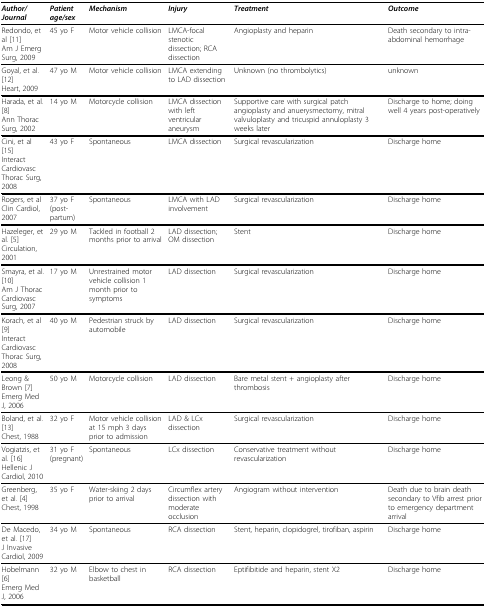
<table><thead><tr><td><b><i>Author/Journal</i></b></td><td><b><i>Patient age/sex</i></b></td><td><b><i>Mechanism</i></b></td><td><b><i>Injury</i></b></td><td><b><i>Treatment</i></b></td><td><b><i>Outcome</i></b></td></tr></thead><tbody><tr><td>Redondo, et al [11]Am J Emerg Surg, 2009</td><td>45 yo F</td><td>Motor vehicle collision</td><td>LMCA-focal stenotic dissection; RCA dissection</td><td>Angioplasty and heparin</td><td>Death secondary to intra-abdominal hemorrhage</td></tr><tr><td>Goyal, et al. [12]Heart, 2009</td><td>47 yo M</td><td>Motor vehicle collision</td><td>LMCA extending to LAD dissection</td><td>Unknown (no thrombolytics)</td><td>unknown</td></tr><tr><td>Harada, et al. [8]Ann Thorac Surg, 2002</td><td>14 yo M</td><td>Motorcycle collision</td><td>LMCA dissection with left ventricular aneurysm</td><td>Supportive care with surgical patch angioplasty and anuerysmectomy, mitral valvuloplasty and tricuspid annuloplasty 3 weeks later</td><td>Discharge to home; doing well 4 years post-operatively</td></tr><tr><td>Cini, et al [15]Interact Cardiovasc Thorac Surg, 2008</td><td>43 yo F</td><td>Spontaneous</td><td>LMCA dissection</td><td>Surgical revascularization</td><td>Discharge home</td></tr><tr><td>Rogers, et alClin Cardiol, 2007</td><td>37 yo F(post-partum)</td><td>Spontaneous</td><td>LMCA with LAD involvement</td><td>Surgical revascularization</td><td>Discharge home</td></tr><tr><td>Hazeleger, et al. [5]Circulation, 2001</td><td>29 yo M</td><td>Tackled in football 2 months prior to arrival</td><td>LAD dissection; OM dissection</td><td>Stent</td><td>Discharge home</td></tr><tr><td>Smayra, et al. [10]Am J Thorac Cardiovasc Surg, 2007</td><td>17 yo M</td><td>Unrestrained motor vehicle collision 1 month prior to symptoms</td><td>LAD dissection</td><td>Surgical revascularization</td><td>Discharge home</td></tr><tr><td>Korach, et al [9]Interact Cardiovasc Thorac Surg, 2008</td><td>40 yo M</td><td>Pedestrian struck by automobile</td><td>LAD dissection</td><td>Surgical revascularization</td><td>Discharge home</td></tr><tr><td>Leong &amp; Brown [7]Emerg Med J, 2006</td><td>50 yo M</td><td>Motorcycle collision</td><td>LAD dissection</td><td>Bare metal stent + angioplasty after thrombosis</td><td>Discharge home</td></tr><tr><td>Boland, et al. [13]Chest, 1988</td><td>32 yo F</td><td>Motor vehicle collision at 15 mph 3 days prior to admission</td><td>LAD &amp; LCx dissection</td><td>Surgical revascularization</td><td>Discharge home</td></tr><tr><td>Vogiatzis, et al. [16]Hellenic J Cardiol, 2010</td><td>31 yo F (pregnant)</td><td>Spontaneous</td><td>LCx dissection</td><td>Conservative treatment without revascularization</td><td>Discharge home</td></tr><tr><td>Greenberg, et al. [4]Chest, 1998</td><td>35 yo F</td><td>Water-skiing 2 days prior to arrival</td><td>Circumflex artery dissection with moderate occlusion</td><td>Angiogram without intervention</td><td>Death due to brain death secondary to Vfib arrest prior to emergency department arrival</td></tr><tr><td>De Macedo, et al. [17]J Invasive Cardiol, 2009</td><td>34 yo M</td><td>Spontaneous</td><td>RCA dissection</td><td>Stent, heparin, clopidogrel, tirofiban, aspirin</td><td>Discharge home</td></tr><tr><td>Hobelmann[6]Emerg Med J, 2006</td><td>32 yo M</td><td>Elbow to chest in basketball</td><td>RCA dissection</td><td>Eptifibitide and heparin, stent X2</td><td>Discharge home</td></tr></tbody></table>